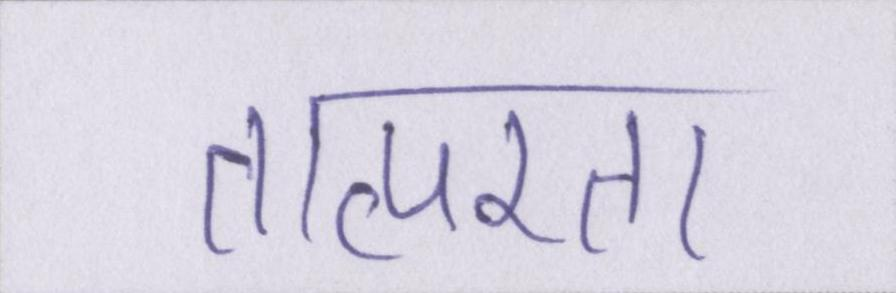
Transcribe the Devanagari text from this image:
तात्परता